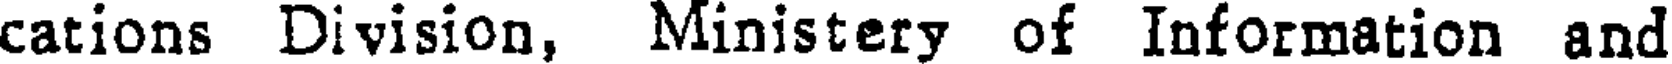
cations Division, Ministery of Information and